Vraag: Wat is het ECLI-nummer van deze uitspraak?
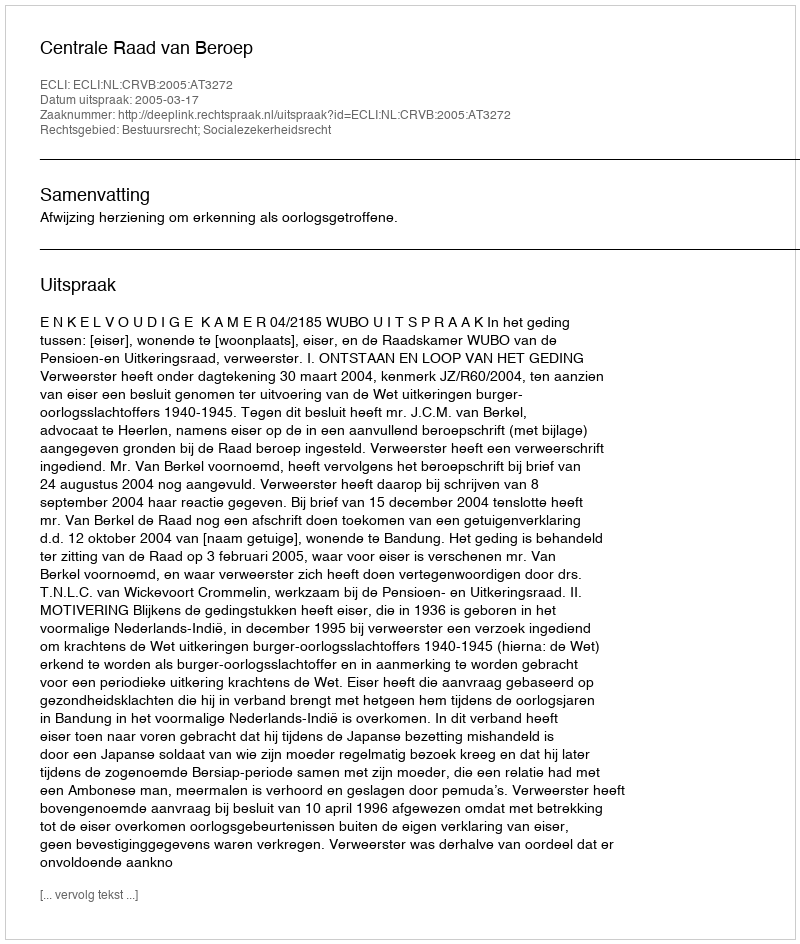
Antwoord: ECLI:NL:CRVB:2005:AT3272